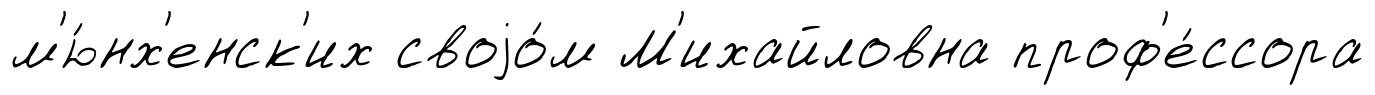
м'ю́нх'енск'их своjо́м М'ихайловна проф'е́ссора